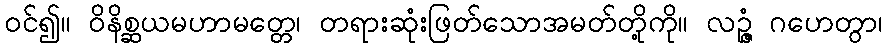
ဝင်၍။ ဝိနိစ္ဆယမဟာမတ္တေ၊ တရားဆုံးဖြတ်သောအမတ်တို့ကို။ လဉ္ဇံ ဂဟေတွာ၊